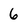
Character: 6